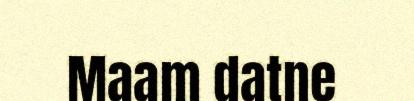
Maam datne